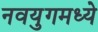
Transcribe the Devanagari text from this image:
नवयुगमध्ये